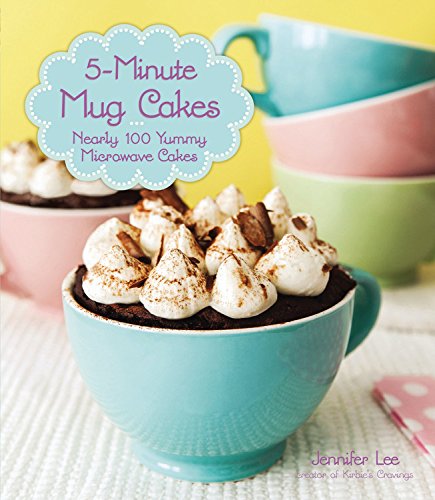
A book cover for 5-Minute Mug Cakes: Nearly 100 Yummy Microwave Cakes; Jennifer Lee; Cookbooks, Food & Wine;